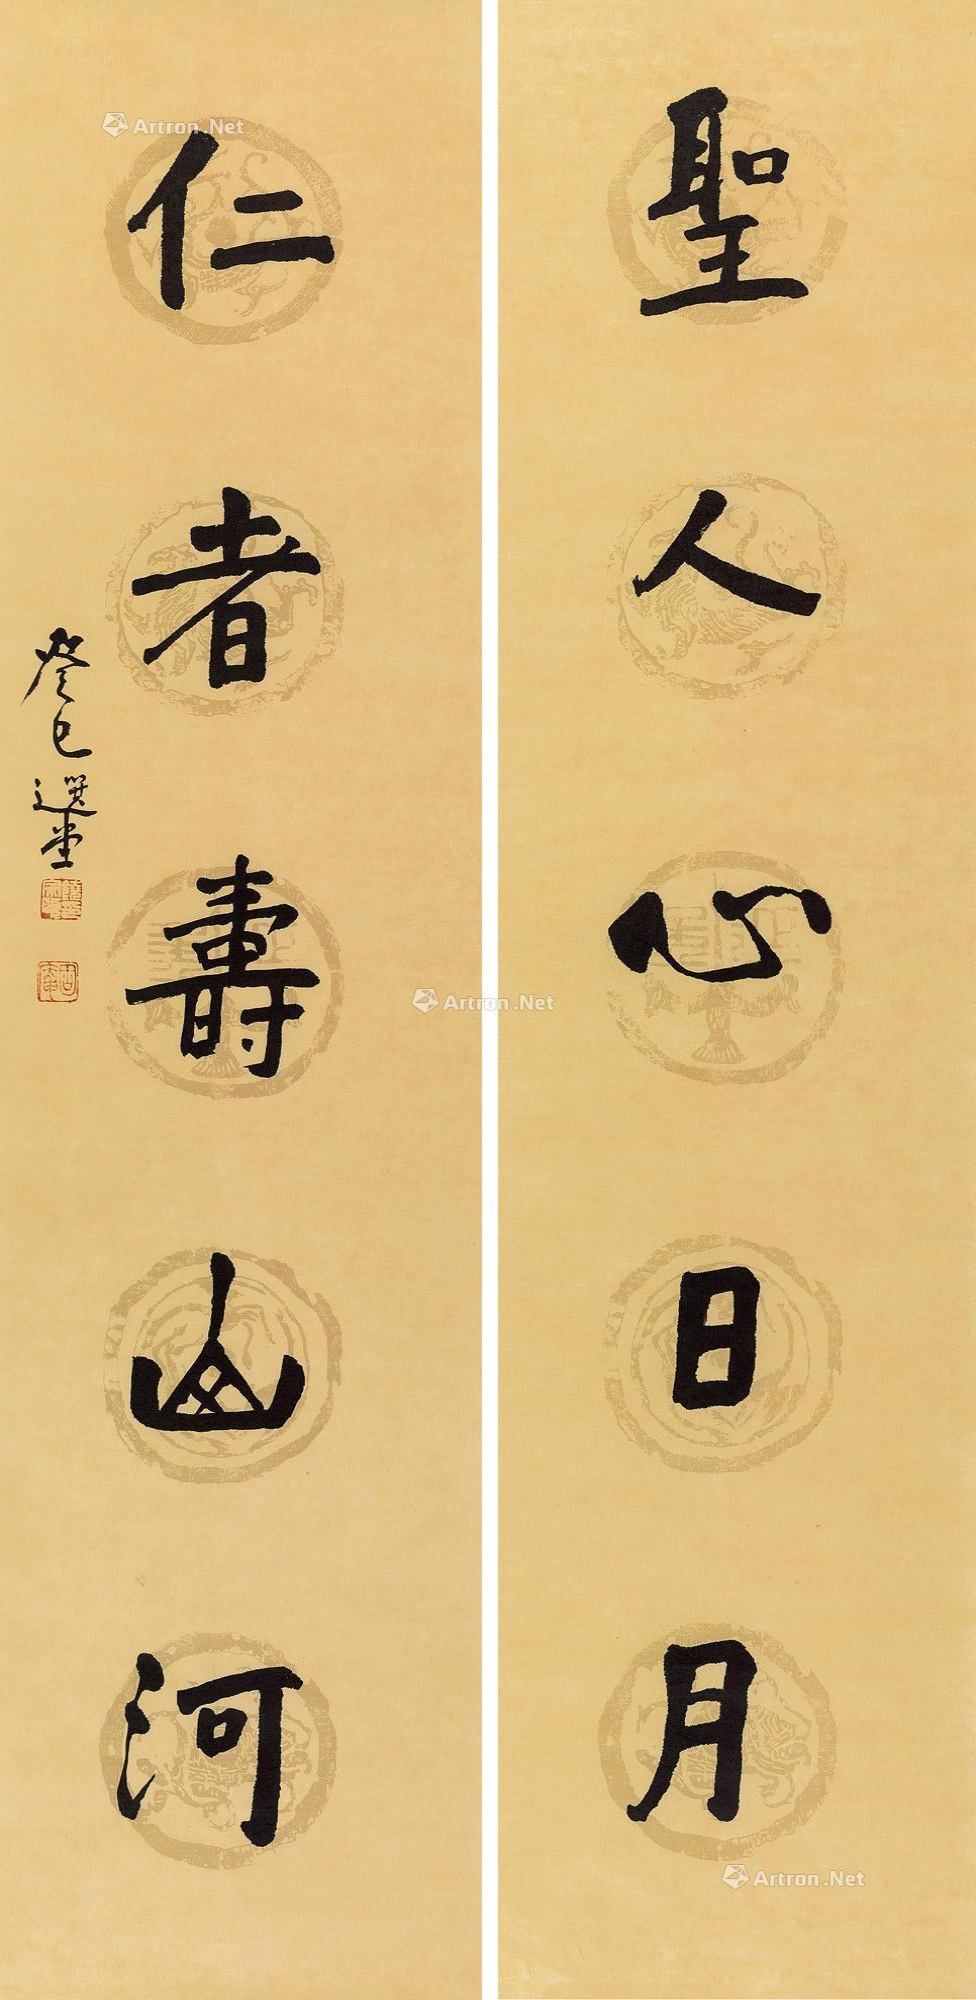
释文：圣人心日月，仁者寿山河。癸巳选堂